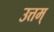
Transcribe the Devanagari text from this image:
उत्तम्